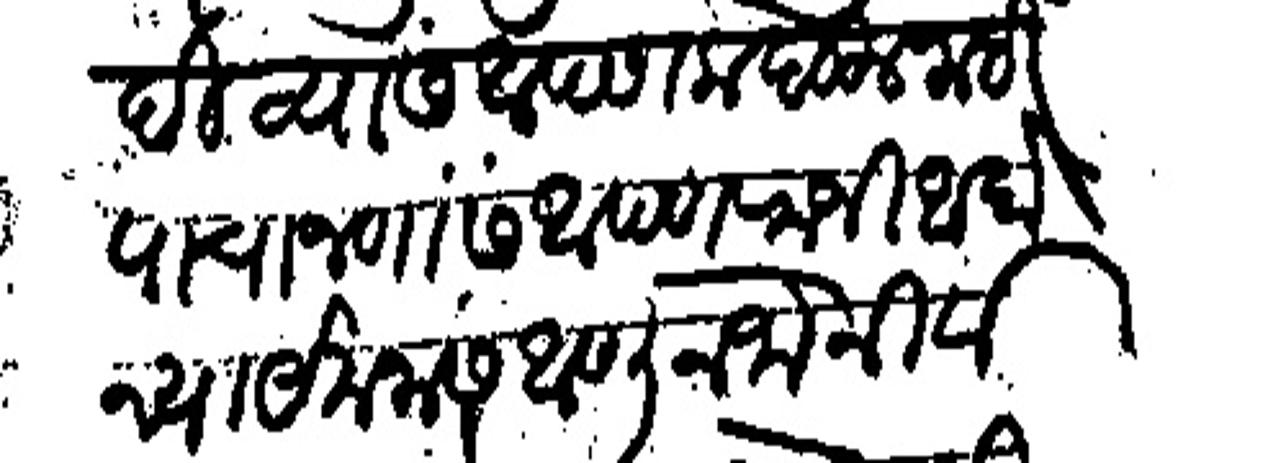
Transliteration (Devanagari): दिव्यास आपण कबूल नाही
पाच जणास आपण राजी आहो
न्याये मनास आणून जो नीर्वाह